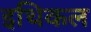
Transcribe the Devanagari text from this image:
इथिकल